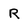
Character: R